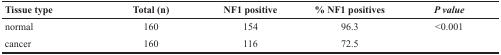
<table><thead><tr><td><b>Tissue type</b></td><td><b>Total (n)</b></td><td><b>NF1 positive</b></td><td><b>% NF1 positives</b></td><td><b><i>P value</i></b></td></tr></thead><tbody><tr><td>normal</td><td>160</td><td>154</td><td>96.3</td><td>&lt;0.001</td></tr><tr><td>cancer</td><td>160</td><td>116</td><td>72.5</td><td></td></tr></tbody></table>